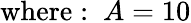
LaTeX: {\mathrm{where:~}}A=10